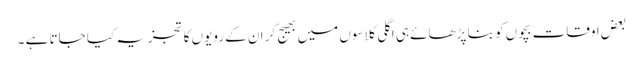
بعض اوقات بچوں کو بنا پڑھائے ہی اگلی کلاسوں میں بھیج کر ان کے رویوں کا تجزیہ کیا جاتا ہے ۔